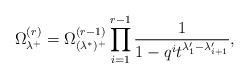
LaTeX: \begin{align*}\Omega^{(r)}_{\lambda^+}=\Omega^{(r-1)}_{(\lambda^*)^+}\prod_{i=1}^{r-1} \frac{1}{1- q^{i} t^{\lambda'_{1}-\lambda'_{i+1}}},\end{align*}